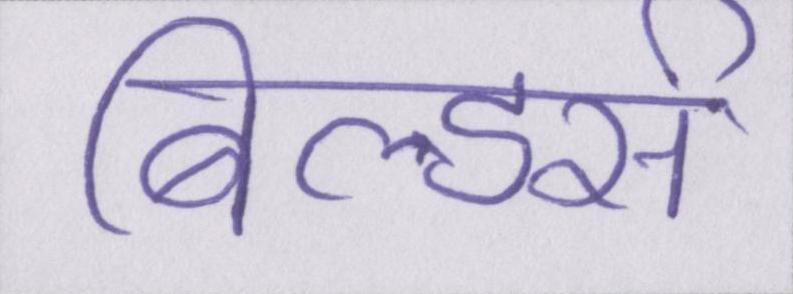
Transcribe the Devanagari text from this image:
बिल्डर्स